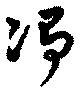
凈